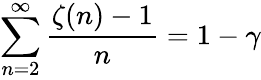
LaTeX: \sum_{n=2}^{\infty}{\frac{\zeta(n)-1}{n}}=1-\gamma